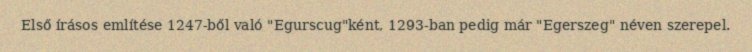
Első írásos említése 1247-ből való "Egurscug"ként, 1293-ban pedig már "Egerszeg" néven szerepel.